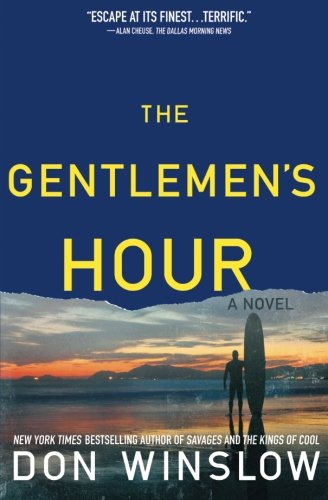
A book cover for The Gentlemen's Hour: A Novel; Don Winslow; Literature & Fiction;